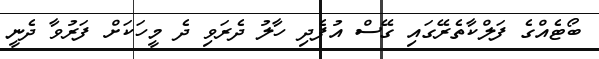
ބޯޓެއްގެ ފަލްކާތެރޭގައި ގޭސް އުފެދި ހާލު ދެރަވި ދެ މީހަކަށް ފަރުވާ ދެނީ